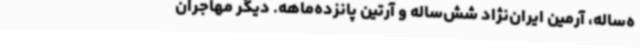
ه‌ساله، آرمین ایران‌نژاد شش‌ساله و آرتین پانزده‌ماهه. دیگر مهاجران